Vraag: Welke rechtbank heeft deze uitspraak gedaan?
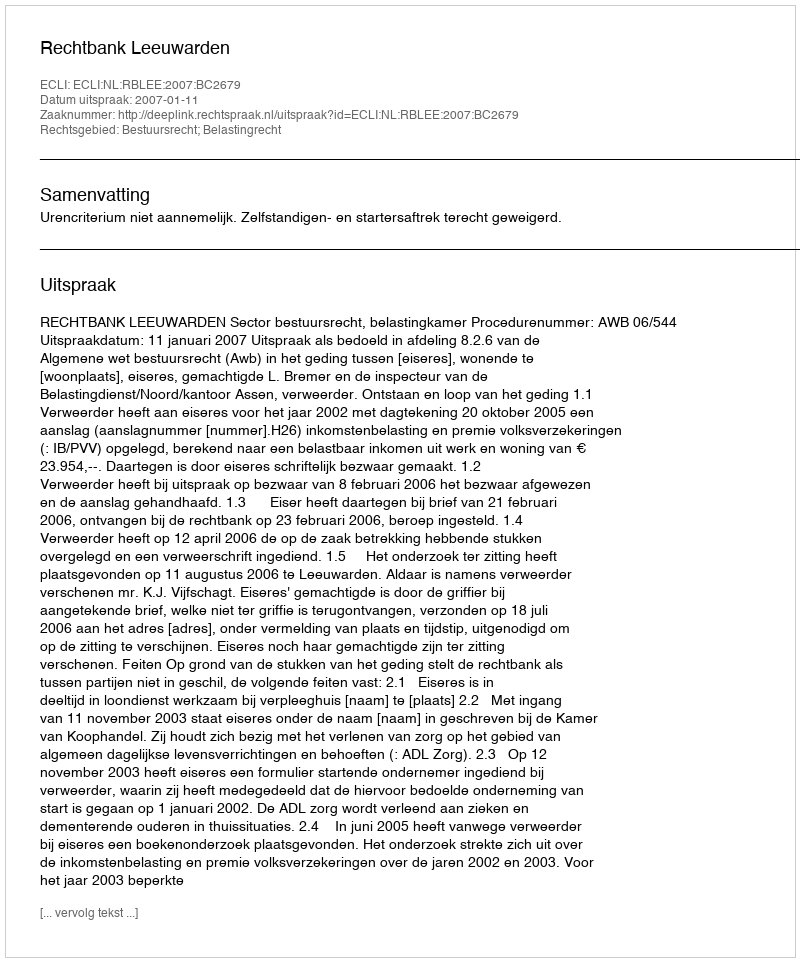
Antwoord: Rechtbank Leeuwarden